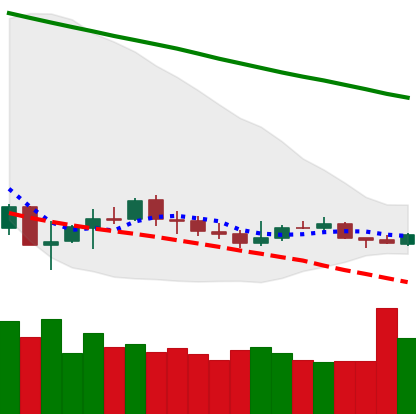
Ticker: ETC-USD
Chart end date: 2019-12-12
Forward return: -9.583%
Label: down_7plus